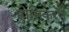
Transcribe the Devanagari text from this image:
ह्रासिकरण